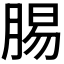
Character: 𮌝